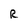
Character: R